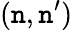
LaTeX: (\mathtt{n},\mathtt{n}^{\prime})